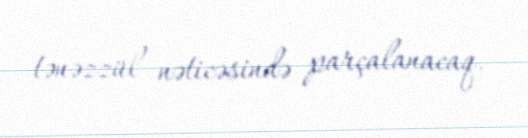
tənəzzül nəticəsində parçalanacaq.